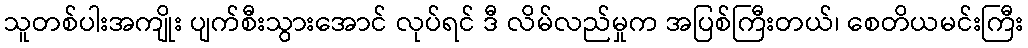
သူတစ်ပါးအကျိုး ပျက်စီးသွားအောင် လုပ်ရင် ဒီ လိမ်လည်မှုက အပြစ်ကြီးတယ်၊ စေတိယမင်းကြီး